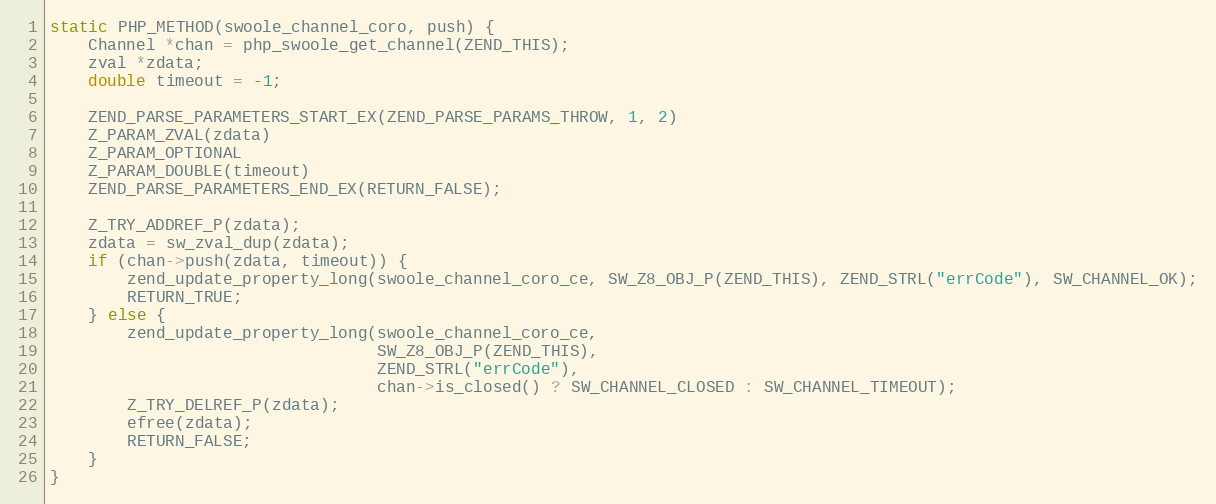
Language: C++
static PHP_METHOD(swoole_channel_coro, push) {
    Channel *chan = php_swoole_get_channel(ZEND_THIS);
    zval *zdata;
    double timeout = -1;

    ZEND_PARSE_PARAMETERS_START_EX(ZEND_PARSE_PARAMS_THROW, 1, 2)
    Z_PARAM_ZVAL(zdata)
    Z_PARAM_OPTIONAL
    Z_PARAM_DOUBLE(timeout)
    ZEND_PARSE_PARAMETERS_END_EX(RETURN_FALSE);

    Z_TRY_ADDREF_P(zdata);
    zdata = sw_zval_dup(zdata);
    if (chan->push(zdata, timeout)) {
        zend_update_property_long(swoole_channel_coro_ce, SW_Z8_OBJ_P(ZEND_THIS), ZEND_STRL("errCode"), SW_CHANNEL_OK);
        RETURN_TRUE;
    } else {
        zend_update_property_long(swoole_channel_coro_ce,
                                  SW_Z8_OBJ_P(ZEND_THIS),
                                  ZEND_STRL("errCode"),
                                  chan->is_closed() ? SW_CHANNEL_CLOSED : SW_CHANNEL_TIMEOUT);
        Z_TRY_DELREF_P(zdata);
        efree(zdata);
        RETURN_FALSE;
    }
}